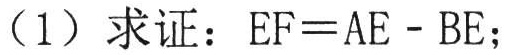
(1) 求证：\(EF = AE - BE\)；